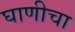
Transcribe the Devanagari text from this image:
घाणीचा